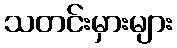
သတင်းမှားများ